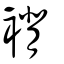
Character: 褙